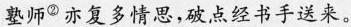
塾师^{②}亦复多情思，破点经书手送来。